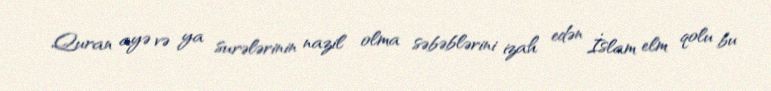
Quran ayə və ya surələrinin nazil olma səbəblərini izah edən İslam elm qolu bu